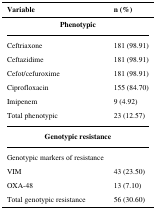
<table><thead><tr><td><b>Variable</b></td><td><b>n (%)</b></td></tr></thead><tbody><tr><td colspan="2"><b>Phenotypic</b></td></tr><tr><td>Ceftriaxone</td><td>181 (98.91)</td></tr><tr><td>Ceftazidime</td><td>181 (98.91)</td></tr><tr><td>Cefot/cefuroxime</td><td>181 (98.91)</td></tr><tr><td>Ciprofloxacin</td><td>155 (84.70)</td></tr><tr><td>Imipenem</td><td>9 (4.92)</td></tr><tr><td>Total phenotypic</td><td>23 (12.57)</td></tr><tr><td colspan="2"><b>Genotypic resistance</b></td></tr><tr><td>Genotypic markers of resistance</td><td></td></tr><tr><td>VIM</td><td>43 (23.50)</td></tr><tr><td>OXA-48</td><td>13 (7.10)</td></tr><tr><td>Total genotypic resistance</td><td>56 (30.60)</td></tr></tbody></table>